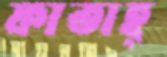
ফাতাহ্